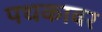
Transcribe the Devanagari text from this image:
पथकावर